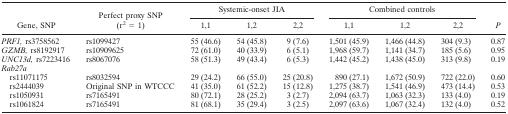
|  |  | <COLSPAN=3> Systemis-onset JIA | <COLSPAN=3> Combined controls |  |
 | Gene, SNP | Perfect proxy SNP (r2 = 1) | 1,1 | 1,2 | 2,2 | 1,1 | 1,2 | 2,2 | P |
 | --- | --- | --- | --- | --- | --- | --- | --- | --- |
 | PRF1, rs3758562 | rs1099427 | 55 (46.6) | 54 (45.8) | 9 (7.6) | 1,501 (45.9) | 1,466 (44.8) | 304 (9.3) | 0.87 |
 | GZMB, rs8192917 | rs10909625 | 72 (61.0) | 40 (33.9) | 6 (5.1) | 1,968 (59.7) | 1,141 (34.7) | 185 (5.6) | 0.95 |
 | UNC13d, rs7223416 | rs8067076 | 58 (51.3) | 49 (43.4) | 6 (5.3) | 1,442 (45.2) | 1,438 (45.0) | 313 (9.8) | 0.19 |
 | <COLSPAN=9> Rab27a |
 | rs11071175 | rs8032594 | 29 (24.2) | 66 (55.0) | 25 (20.8) | 890 (27.1) | 1,672 (50.9) | 722 (22.0) | 0.60 |
 | rs2444039 | Original SNP in WTCCC | 41 (35.0) | 61 (52.2) | 15 (12.8) | 1,275 (38.7) | 1,541 (46.9) | 473 (14.4) | 0.53 |
 | rs1050931 | rs7165491 | 80 (72.1) | 28 (25.2) | 3 (2.7) | 2,094 (63.7) | 1,063 (32.3) | 133 (4.0) | 0.19 |
 | rs1061824 | rs7165491 | 81 (68.1) | 35 (29.4) | 3 (2.5) | 2,097 (63.6) | 1,067 (32.4) | 132 (4.0) | 0.52 |